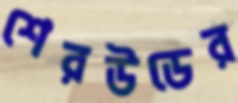
শেরউডের